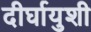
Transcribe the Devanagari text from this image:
दीर्घायुशी